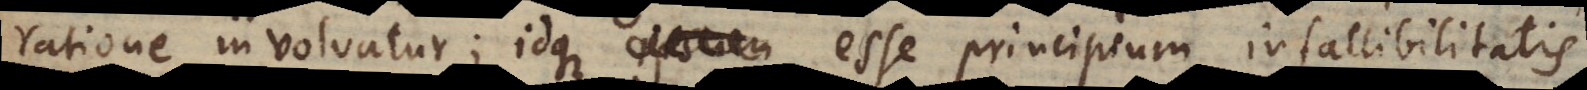
ratione involvatur; idque esse principium infallibilitatis